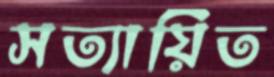
সত্যায়িত